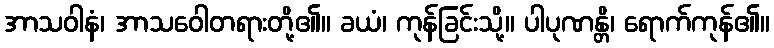
အာသဝါနံ၊ အာသဝေါတရားတို့၏။ ခယံ၊ ကုန်ခြင်းသို့။ ပါပုဏန္တိ၊ ရောက်ကုန်၏။